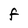
Character: F